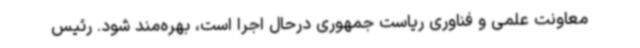
معاونت علمی و فناوری ریاست جمهوری درحال اجرا است، بهره‌مند شود. رئیس